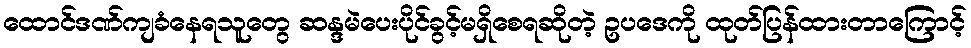
ထောင်ဒဏ်ကျခံနေရသူတွေ ဆန္ဒမဲပေးပိုင်ခွင့်မရှိစေရဆိုတဲ့ ဥပဒေကို ထုတ်ပြန်ထားတာကြောင့်